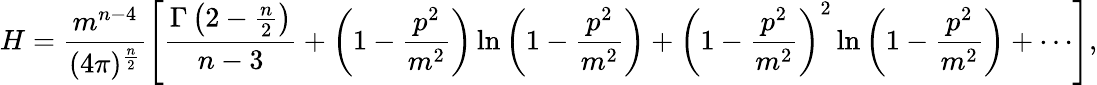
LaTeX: H=\frac{m^{n-4}}{(4\pi)^{\frac{n}{2}}}\left[\frac{\Gamma\left(2-\frac{n}{2}\right)}{n-3}+\left(1-{\frac{p^{2}}{m^{2}}}\right)\ln\left(1-{\frac{p^{2}}{m^{2}}}\right)+\left(1-{\frac{p^{2}}{m^{2}}}\right)^{2}\ln\left(1-{\frac{p^{2}}{m^{2}}}\right)+\cdots\right],